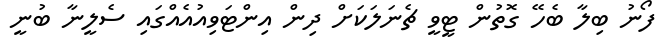
ފޯނު ބިލާ ބެހޭ ގޮތުން ޓީވީ ޗެނަލަކަށް ދިން އިންޓަވިއުއެއްގައި ސެލީނާ ބުނީ